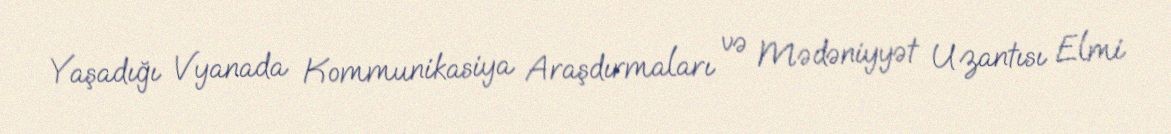
Yaşadığı Vyanada Kommunikasiya Araşdırmaları və Mədəniyyət Uzantısı Elmi